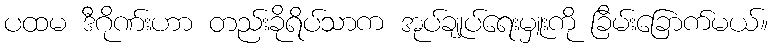
ပထမ ဒီဂိုဏ်းဟာ တည်းခိုရိပ်သာက အုပ်ချုပ်ရေးမှူးကို ခြိမ်းခြောက်မယ်။